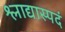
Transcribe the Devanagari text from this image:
श्लाद्यास्पदं